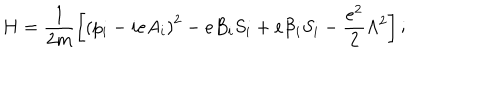
H = \frac { 1 } { 2 m } \left[ \left( p _ { i } - i e A _ { i } \right) ^ { 2 } - e B _ { i } S _ { i } + e { \cal { B } } _ { i } S _ { i } - \frac { e ^ { 2 } } { 2 } \Lambda ^ { 2 } \right] ;